Statistics compiled by the Government of India from the reports of provincial Civil Veterinary Departments
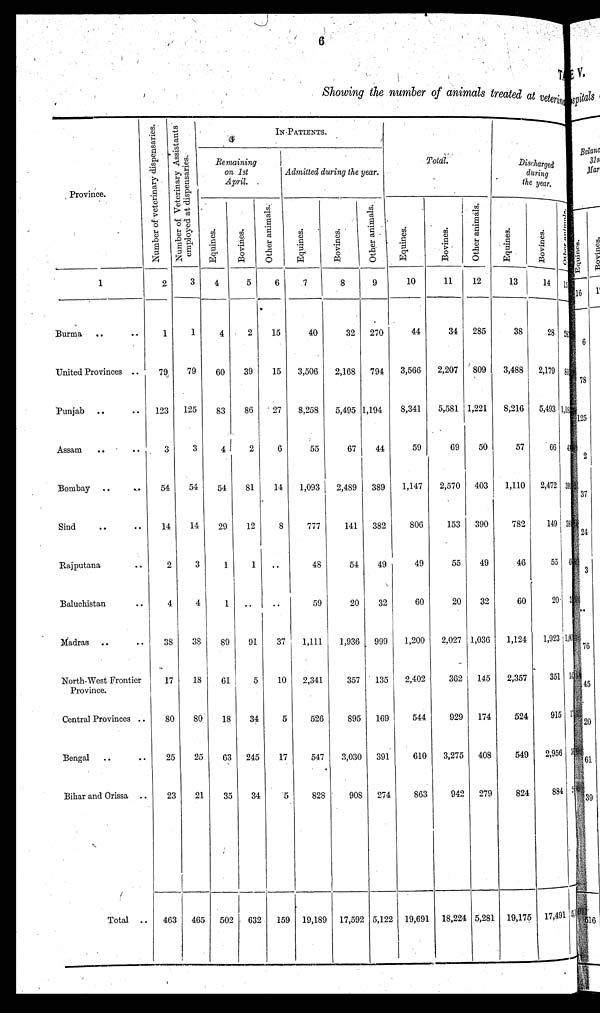
6
T
Showing the number of animals treated at veterin
Province.
1
Burma .. ..
United Provinces ..
Punjab .. ..
Assam .. ..
Bombay .. ..
Sind .. ..
Rajputana ..
Baluchistan ..
Madras .. ..
North-West Frontier
Province.
Central Provinces ..
Bengal .. ..
Bihar and Orissa ..
Total ..
Number of veterinary dispensaries.
2
1
79
123
3
54
14
2
4
38
17
80
25
23
463
Number of Veterinary assistants
employed at dispensaries.
3
1
79
125
3
54
14
3
4
38
18
80
25
21
465
IN PATIENTS.
Remaining
on 1st April
Equines.
4
4
60
83
4
54
29
1
1
89
61
18
63
35
502
Bovines.
5
2
39
86
2
81
12
1
..
91
5
34
245
34
632
Other animals.
6
15
15
27
6
14
8
..
..
37
10
5
17
5
159
Admitted during the year.
Equines.
7
40
3,506
8,258
55
1,093
777
48
59
1,111
2,341
526
547
828
19,189
Bovines.
8
32
2,168
5,495
67
2,489
141
54
20
1,936
357
895
3,030
908
17,592
Other animals.
9
270
794
1,194
44
389
382
49
32
999
135
169
391
274
5,122
Total.
Equines.
10
44
3,566
8,341
59
1,147
806
49
60
1,200
2,402
544
610
863
19,691
Bovines.
11
34
2,207
5,581
69
2,570
153
55
20
2,027
362
929
3,275
942
18,224
Other animals.
12
285
809
1,221
50
403
390
49
32
1,036
145
174
408
279
5,281
Discharged
during
the year.
Equines.
13
38
3,488
8,216
57
1,110
782
46
60
1,124
2,357
524
549
824
19,175
Bovines.
14
28
2,179
5,493
66
2,472
149
55
20
1,923
351
915
2,956
884
17,491